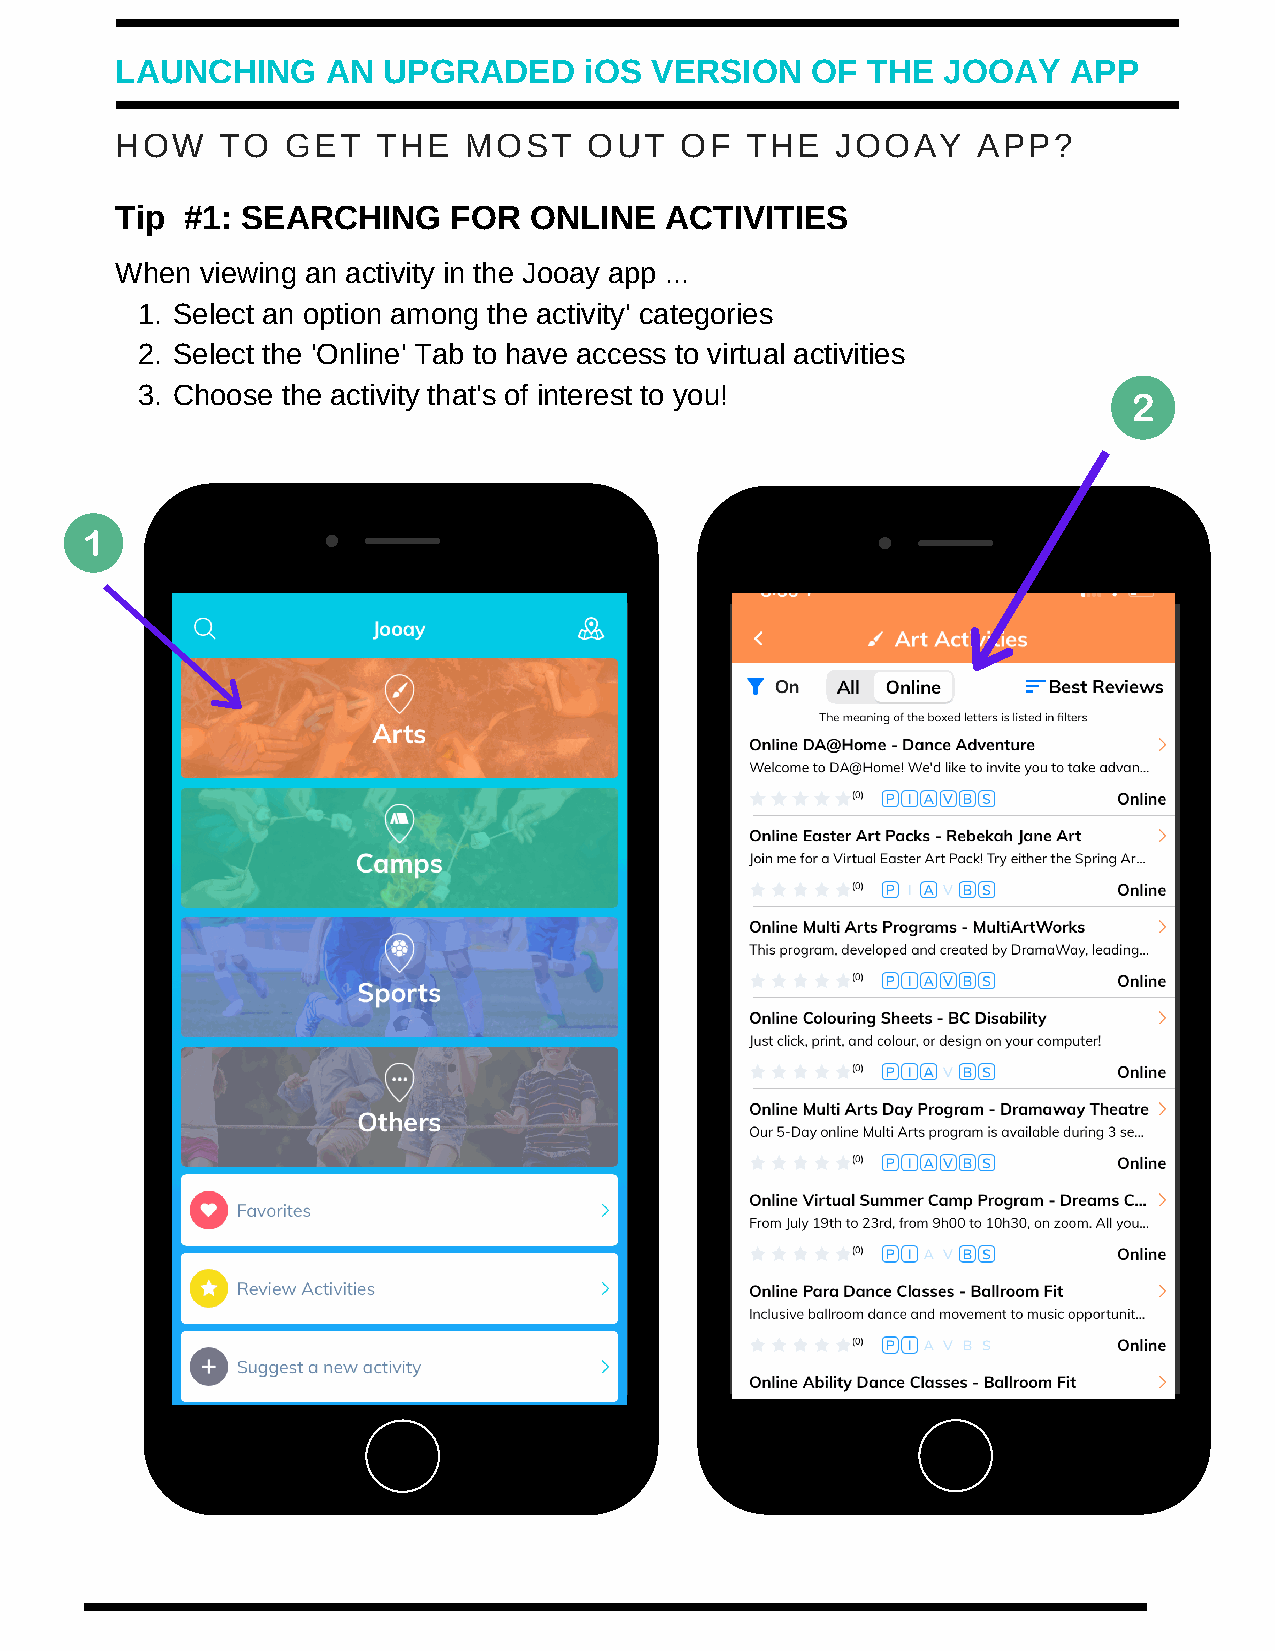
LAUNCHING     AN UPGRADED      iOS VERSION    OF THE  JOOAY    APP
 HOW    TO  GET   THE   MOST    OUT   OF  THE   JOOAY     APP?
 Tip #1: SEARCHING     FOR  ONLINE   ACTIVITIES
 When viewing an activity in the Jooay app ...
 1. Select an option among the activity' categories
 2. Select the 'Online' Tab to have access to virtual activities
 3. Choose the activity that's of interest to you!